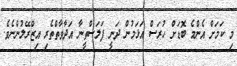
މި ކަމަށް އެންމެ ބޮޑަށް ހުރަސް އަޅަމުން ދަނީ ފަލަސްތީނާ އަދާވާތްތެރި އިޒްރޭލުންނެވެ.